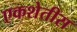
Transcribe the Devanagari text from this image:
एकशेतीस